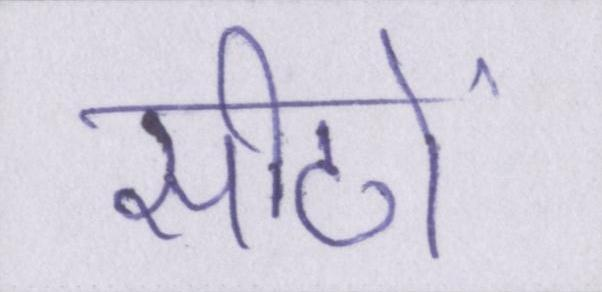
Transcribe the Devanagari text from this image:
सीटों